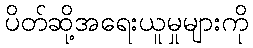
ပိတ်ဆို့အရေးယူမှုများကို